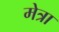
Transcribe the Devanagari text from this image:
मेत्रा